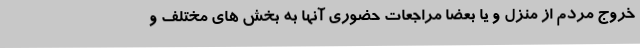
خروج مردم از منزل و یا بعضا مراجعات حضوری آنها به بخش های مختلف و